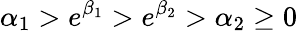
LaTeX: \alpha_{1}>e^{\beta_{1}}>e^{\beta_{2}}>\alpha_{2}\geq 0